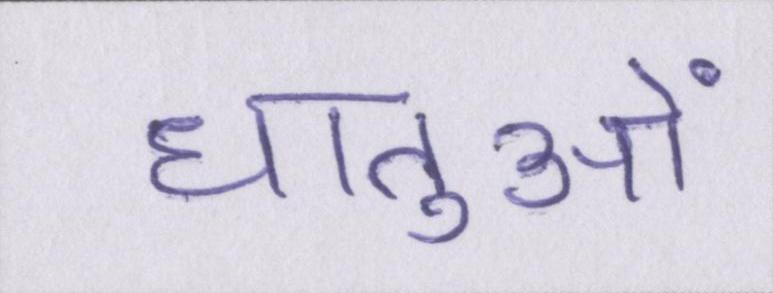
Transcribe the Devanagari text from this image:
धातुओं